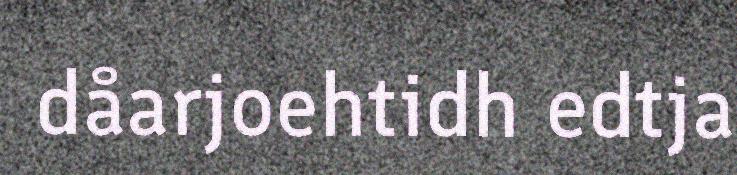
dåarjoehtidh edtja